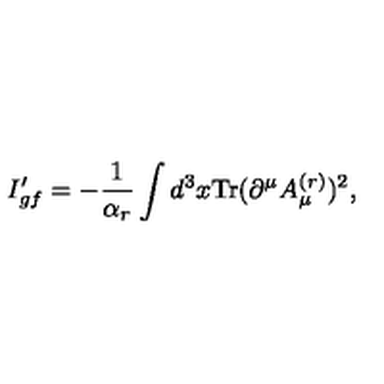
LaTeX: I _ { g f } ^ { \prime } = - \frac { 1 } { \alpha _ { r } } \int d ^ { 3 } x \mathrm { T r } ( \partial ^ { \mu } A _ { \mu } ^ { ( r ) } ) ^ { 2 } ,